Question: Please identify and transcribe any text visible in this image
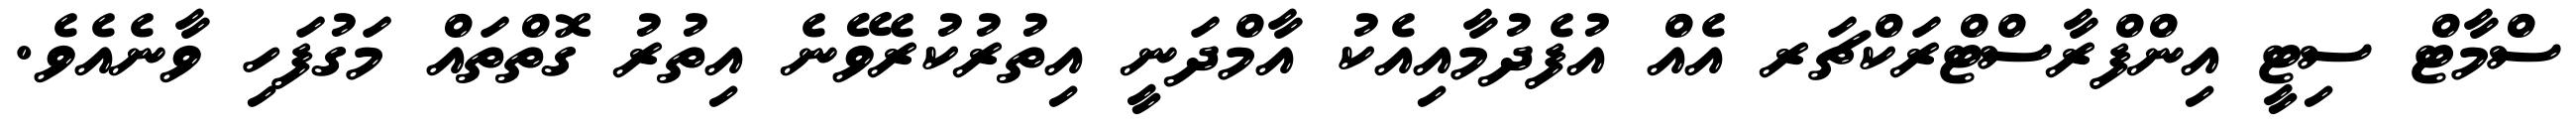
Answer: ސްމާޓް ސިޓީ އިންފްރާސްޓްރަކްޗަރ އެއް އުފެދުމާއިއެކު އާމްދަނީ އިތުރުކުރެވޭނެ އިތުރު ގޮތްތައް މަގުފަހި ވާނެއެވެ.